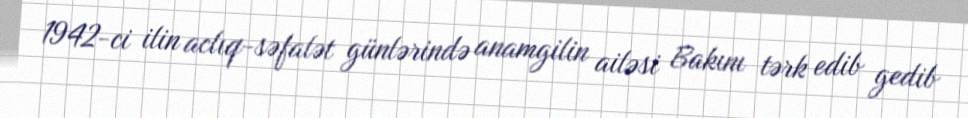
1942-ci ilin aclıq-səfalət günlərində anamgilin ailəsi Bakını tərk edib gedib